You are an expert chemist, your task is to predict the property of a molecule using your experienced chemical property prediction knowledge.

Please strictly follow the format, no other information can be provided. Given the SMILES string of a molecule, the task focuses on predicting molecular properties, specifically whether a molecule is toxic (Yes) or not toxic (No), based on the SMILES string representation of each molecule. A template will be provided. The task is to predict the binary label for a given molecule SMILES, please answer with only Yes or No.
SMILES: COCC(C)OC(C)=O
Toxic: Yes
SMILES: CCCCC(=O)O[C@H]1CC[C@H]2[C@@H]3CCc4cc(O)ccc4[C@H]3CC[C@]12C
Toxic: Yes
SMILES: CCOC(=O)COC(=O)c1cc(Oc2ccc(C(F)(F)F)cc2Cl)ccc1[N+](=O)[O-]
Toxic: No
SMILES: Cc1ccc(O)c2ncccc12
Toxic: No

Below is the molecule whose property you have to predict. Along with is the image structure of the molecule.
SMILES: C[C@H]1C[C@H]2[C@@H]3CCC4=CC(=O)C=C[C@]4(C)[C@@]3(F)[C@@H](O)C[C@]2(C)[C@@]1(O)C(=O)CO
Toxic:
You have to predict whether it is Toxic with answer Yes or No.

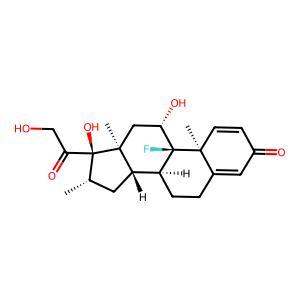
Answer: Yes